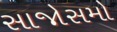
સાજોસમો